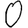
Digit: 0